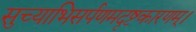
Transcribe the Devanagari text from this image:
सुच्याभिसर्पणमदृष्टकारणम्।